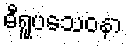
ဓီရူပသေဝနာ